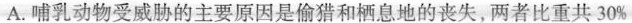
A. 哺乳动物受威胁的主要原因是偷猎和栖息地的丧失，两者比重共30%